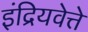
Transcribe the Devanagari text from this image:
इंद्रियवेत्ते